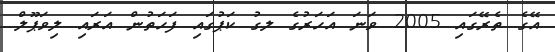
އޭގެ ތެރޭގައި 2005 ވަނަ އަހަރުގެ ލގު ކަޕުގައި ފަހަތުން އަރައި ލިވަޕޫލް